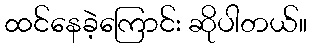
ထင်နေခဲ့ကြောင်း ဆိုပါတယ်။